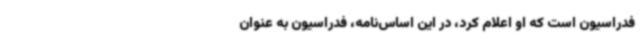
فدراسیون است که او اعلام کرد، در این اساس‌نامه، فدراسیون به عنوان